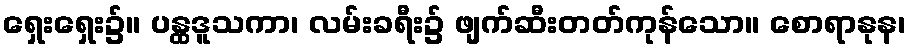
ရှေးရှေး၌။ ပန္ထဒူသကာ၊ လမ်းခရီး၌ ဖျက်ဆီးတတ်ကုန်သော။ စောရာနုန၊